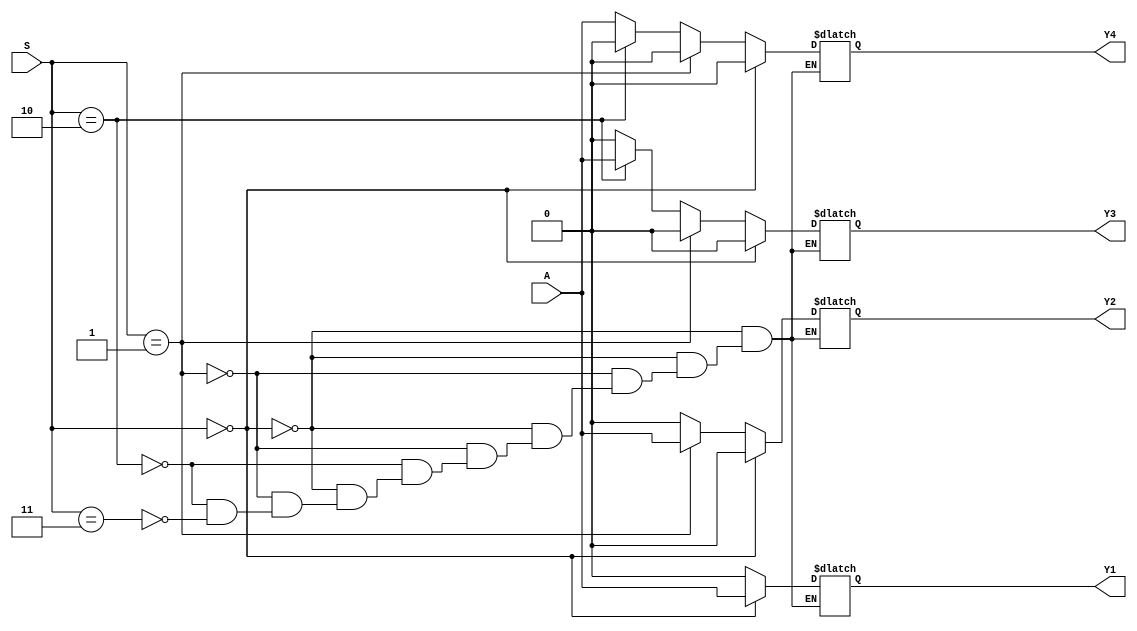
module demux12(A,S,Y1,Y2,Y3,Y4); 
input A;
input[1:0] S;
output Y1,Y2,Y3,Y4;
reg Y1,Y2,Y3,Y4; always @ (*) begin
if(S==2'b00) begin
Y1=A; Y2=0; Y3=0; Y4=0;
end
else if(S==2'b01) begin
Y1=0; Y2=A; Y3=0; Y4=0;
end
else if(S==2'b10) begin
Y1=0; Y2=0; Y3=A; Y4=0;
end
else if(S==2'b11) begin
Y1=0; Y2=0; Y3=0; Y4=A;
end end
endmodule
module main; reg A;
reg [1:0]S;
wire Y1,Y2,Y3,Y4;
demux12 dmx(A,S,Y1,Y2,Y3,Y4);
initial
begin
$dumpfile( "demux.vcd" );
$dumpvars( 0, main);
$display("A\tS[0]\tS[1]\tY1\tY2\tY3\tY4"); $monitor("%b\t%b\t%b\t%b\t%b\t%b\t%b",A,S[0],S[1],Y1,Y2,Y3,Y4);
A=0; S=2'b00; #10 S=2'b01; #10 S=2'b10; #10 S=2'b11;
A=1; S=2'b00; #10 S=2'b01; #10 S=2'b10; #10 S=2'b11; $finish;
end endmodule